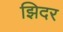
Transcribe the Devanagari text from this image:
झिदर